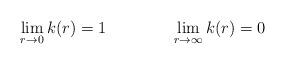
LaTeX: \begin{align*}\lim_{r \rightarrow 0} k(r)=1 \qquad \qquad \lim_{r \rightarrow \infty} k(r)=0\end{align*}